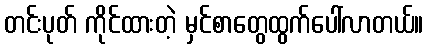
တင်းပုတ် ကိုင်ထားတဲ့ မှင်စာတွေထွက်ပေါ်လာတယ်။